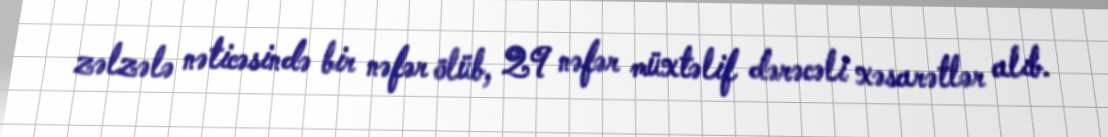
zəlzələ nəticəsində bir nəfər ölüb, 29 nəfər müxtəlif dərəcəli xəsarətlər alıb.